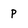
Character: p